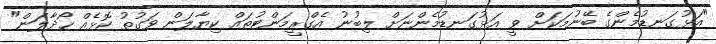
"އަޅުގަނޑުމެންގެ ބޭނުމަކަށް ވީ އަޅުގަނޑުމެންނަށް ލިބުނު އެގްރީމަންޓުތައް ކިޔާލަން ވަގުތު ކޮޅެއް ހޯދާލަން"